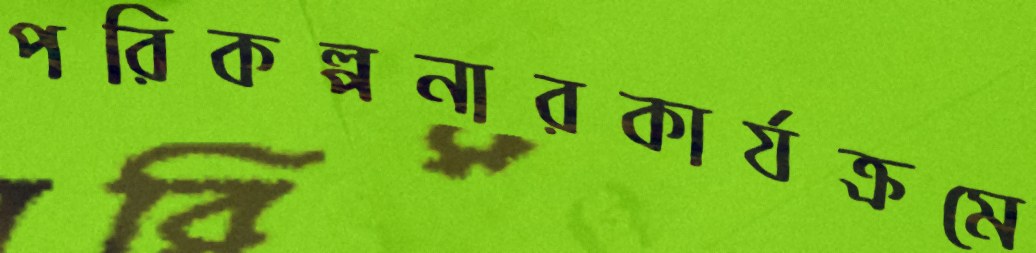
পরিকল্পনারকার্যক্রমে